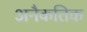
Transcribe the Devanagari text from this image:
अनैकतिक